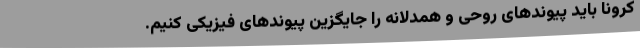
کرونا باید پیوندهای روحی و همدلانه را جایگزین پیوندهای فیزیکی کنیم.